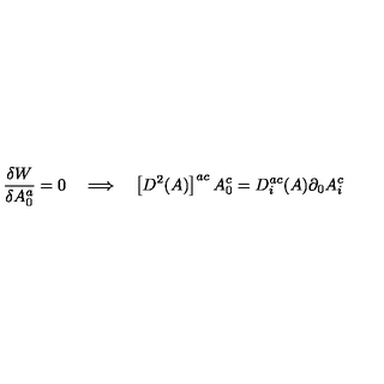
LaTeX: \frac { \delta W } { \delta A _ { 0 } ^ { a } } = 0 \quad \Longrightarrow \quad \left[ D ^ { 2 } ( A ) \right] ^ { a c } A _ { 0 } ^ { c } = D ^ { a c } _ { i } ( A ) \partial _ { 0 } A _ { i } ^ { c }